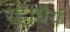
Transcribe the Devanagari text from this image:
रहें।धैर्य